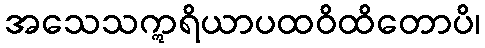
အသေသဣရိယာပထဝိထိတောပိ၊